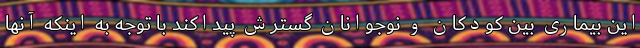
این بیماری بین کودکان و نوجوانان گسترش پیداکند با توجه به اینکه آنها